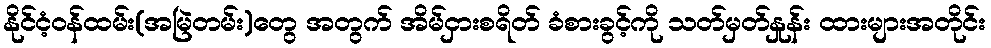
နိုင်ငံ့ဝန်ထမ်း(အမြဲတမ်း)တွေ အတွက် အိမ်ငှားစရိတ် ခံစားခွင့်ကို သတ်မှတ်နှုန်း ထားများအတိုင်း